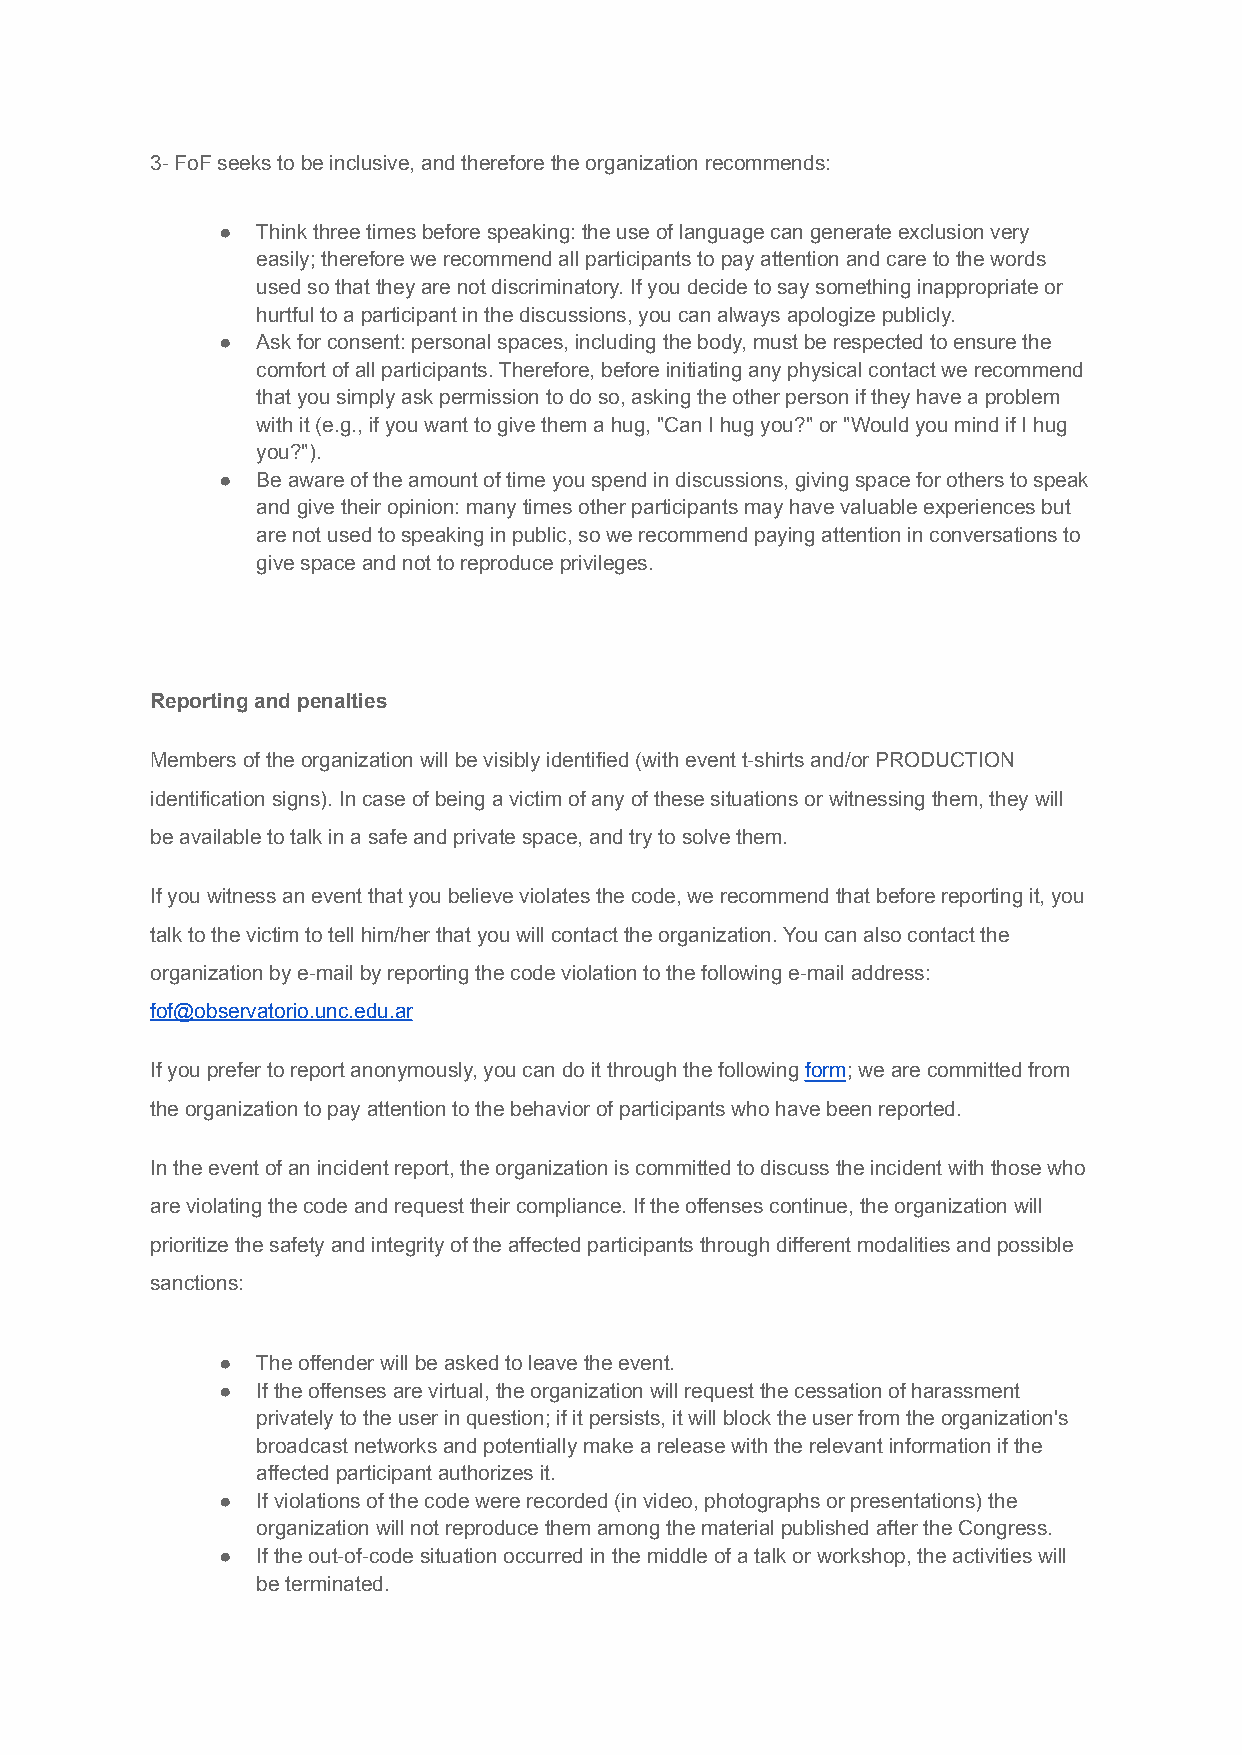
3- FoF seeks to be inclusive, and therefore the organization recommends:
 ●  Think three times before speaking: the use of language can generate exclusion very
 easily; therefore we recommend all participants to pay attention and care to the words
 used so that they are not discriminatory. If you decide to say something inappropriate or
 hurtful to a participant in the discussions, you can always apologize publicly.
 ●  Ask for consent: personal spaces, including the body, must be respected to ensure the
 comfort of all participants. Therefore, before initiating any physical contact we recommend
 that you simply ask permission to do so, asking the other person if they have a problem
 with it (e.g., if you want to give them a hug, "Can I hug you?" or "Would you mind if I hug
 you?").
 ●  Be aware of the amount of time you spend in discussions, giving space for others to speak
 and give their opinion: many times other participants may have valuable experiences but
 are not used to speaking in public, so we recommend paying attention in conversations to
 give space and not to reproduce privileges.
 Reporting and penalties
 Members of the organization will be visibly identified (with event t-shirts and/or PRODUCTION
 identification signs). In case of being a victim of any of these situations or witnessing them, they will
 be available to talk in a safe and private space, and try to solve them.
 If you witness an event that you believe violates the code, we recommend that before reporting it, you
 talk to the victim to tell him/her that you will contact the organization. You can also contact the
 organization by e-mail by reporting the code violation to the following e-mail address:
 fof@observatorio.unc.edu.ar
 If you prefer to report anonymously, you can do it through the followingform; we are committed from
 the organization to pay attention to the behavior of participants who have been reported.
 In the event of an incident report, the organization is committed to discuss the incident with those who
 are violating the code and request their compliance. If the offenses continue, the organization will
 prioritize the safety and integrity of the affected participants through different modalities and possible
 sanctions:
 ●  The offender will be asked to leave the event.
 ●  If the offenses are virtual, the organization will request the cessation of harassment
 privately to the user in question; if it persists, it will block the user from the organization's
 broadcast networks and potentially make a release with the relevant information if the
 affected participant authorizes it.
 ●  If violations of the code were recorded (in video, photographs or presentations) the
 organization will not reproduce them among the material published after the Congress.
 ●  If the out-of-code situation occurred in the middle of a talk or workshop, the activities will
 be terminated.